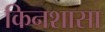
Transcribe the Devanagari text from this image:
किनशासा